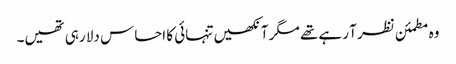
وہ مطمئن نظر آ رہے تھے مگر آنکھیں تنہائی کا احساس دلا رہی تھیں۔